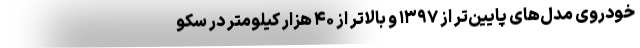
خودروی مدل‌های پایین‌تر از ۱۳۹۷ و بالاتر از ۴۰ هزار کیلومتر در سکو